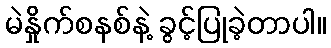
မဲနှိုက်စနစ်နဲ့ ခွင့်ပြုခဲ့တာပါ။